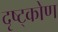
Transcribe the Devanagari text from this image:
दृष्ट्कोण